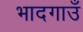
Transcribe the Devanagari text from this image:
भादगाउँ